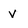
Character: v